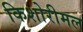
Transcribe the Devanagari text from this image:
किशोरीमल